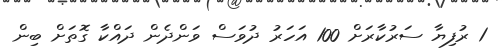
1 ރުފިޔާ ސަރުކާރަށް 100 އަހަރު ދުވަސް ވަންދެން ދައްކާ ގޮތަށް ބިން